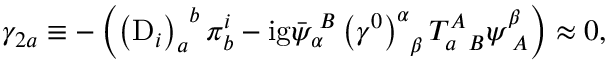
\gamma _ { 2 a } \equiv - \left( \left( \mathrm { D } _ { i } \right) _ { a } ^ { \; \; b } \pi _ { b } ^ { i } - \mathrm { i g } \bar { \psi } _ { \alpha } ^ { \; B } \left( \gamma ^ { 0 } \right) _ { \; \; \beta } ^ { \alpha } T _ { a \; \; B } ^ { A } \psi _ { \; A } ^ { \beta } \right) \approx 0 ,